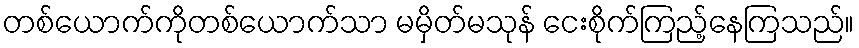
တစ်ယောက်ကိုတစ်ယောက်သာ မမှိတ်မသုန် ငေးစိုက်ကြည့်နေကြသည်။